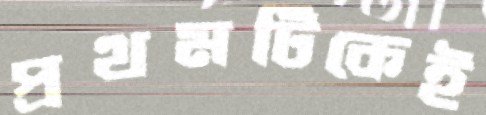
প্রথমটিকেই